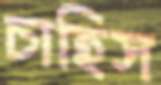
চাহিস